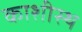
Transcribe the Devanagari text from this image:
काशीस्थ